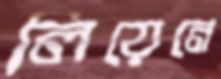
লিয়েনে